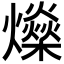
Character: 𤒇